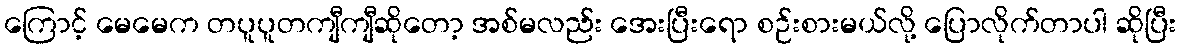
ကြောင့် မေမေက တပူပူတကျီကျီဆိုတော့ အစ်မလည်း အေးပြီးရော စဉ်းစားမယ်လို့ ပြောလိုက်တာပါ ဆိုပြီး